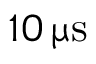
1 0 \, \upmu \mathrm { s }